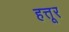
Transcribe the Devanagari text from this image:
हत्तूर